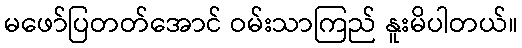
မဖော်ပြတတ်အောင် ဝမ်းသာကြည် နူးမိပါတယ်။